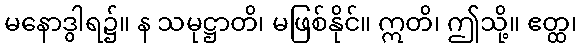
မနောဒွါရ၌။ န သမုဋ္ဌာတိ၊ မဖြစ်နိုင်။ ဣတိ၊ ဤသို့။ ဧတ္ထ၊